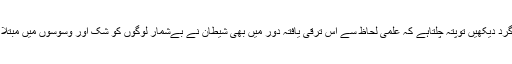
ہم اپنے اگرد گرد دیکھیں توپتہ چلتاہے کہ علمی لحاظ سے اس ترقی یافتہ دور میں بھی شیطان نے بےشمار لوگوں کو شک اور وسوسوں میں مبتلا کر رکھا ہے۔